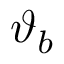
\boldsymbol { \vartheta } _ { b }